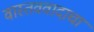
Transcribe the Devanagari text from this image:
वास्तववादाचा